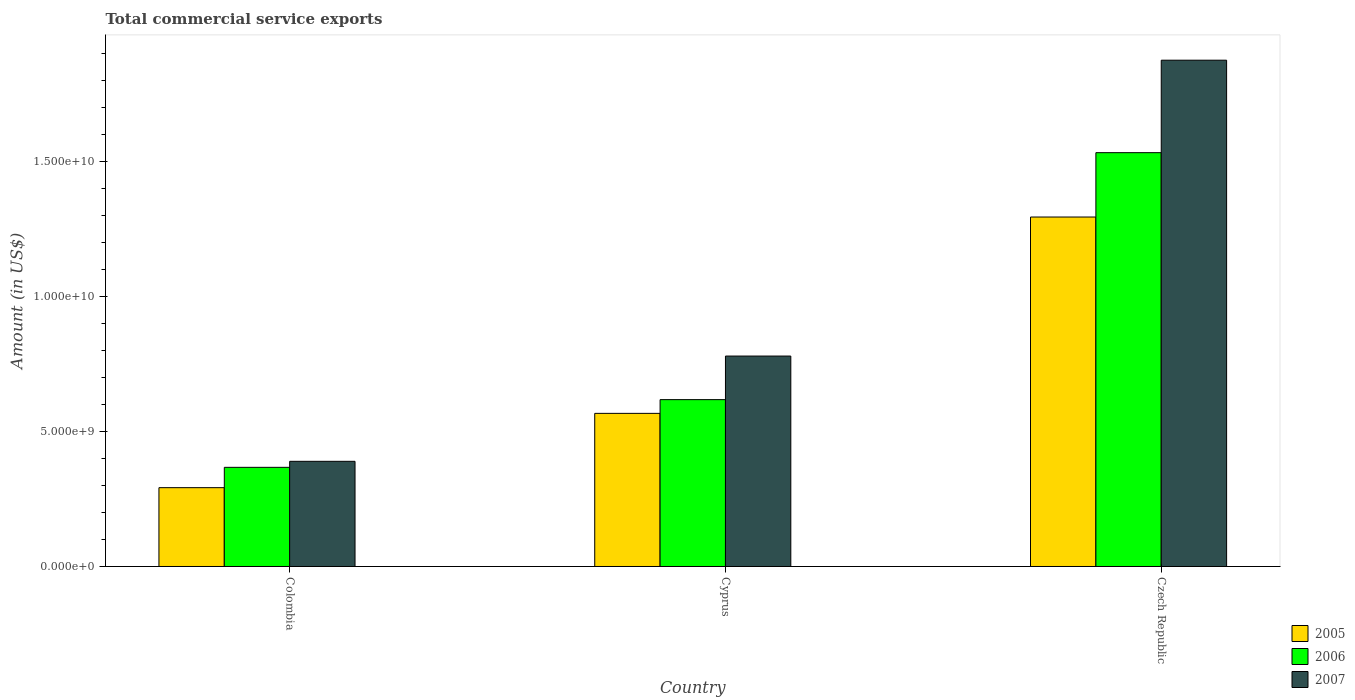
| Country | 2005 | 2006 | 2007 |
 | --- | --- | --- | --- |
 | Colombia | 2.92e+09 | 3.68e+09 | 3.9e+09 |
 | Cyprus | 5.68e+09 | 6.19e+09 | 7.8e+09 |
 | Czech Republic | 1.3e+10 | 1.53e+10 | 1.88e+10 |